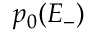
p _ { 0 } ( E _ { - } )